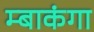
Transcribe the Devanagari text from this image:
म्बाकंगा